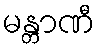
မန္တာဏီ